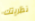
نظريتك